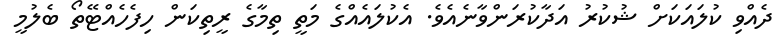
ދެއްވި ކުލައަކަށް ޝުކުރު އަދާކުރަންވާނެއެވެ. އެކުލައެއްގެ މަތީ ތިމާގެ ރީތިކަން ހިފެހެއްޓޭތޯ ބެލުމީ